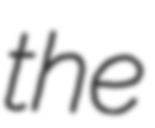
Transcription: the